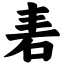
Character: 砉